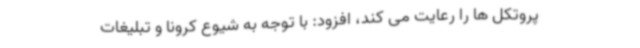
پروتکل ها را رعایت می کند، افزود: با توجه به شیوع کرونا و تبلیغات